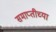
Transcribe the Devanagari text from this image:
समाप्‍तीच्या